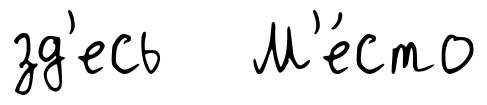
зд'есь М'е́сто